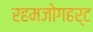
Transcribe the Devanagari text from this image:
रहमजोगहर्ट